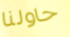
حاولنا